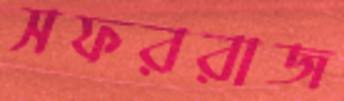
সফররাজ